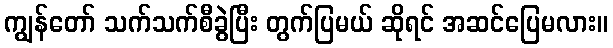
ကျွန်တော် သက်သက်စီခွဲပြီး တွက်ပြမယ် ဆိုရင် အဆင်ပြေမလား။